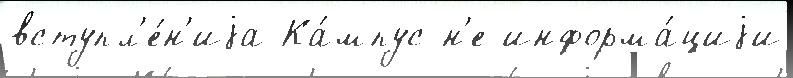
вступл'е́н'иjа Ка́мпус н'е информа́циjи